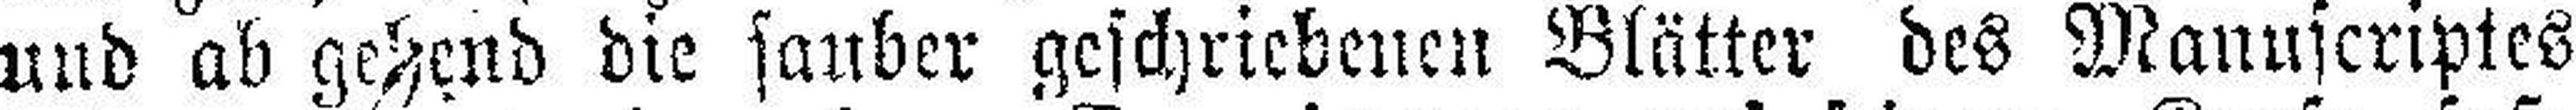
und ab gehend die sauber geschriebenen Blätter des Manuscriptes